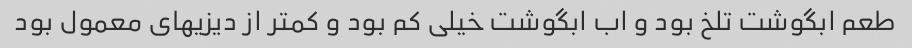
طعم ابگوشت تلخ بود و اب ابگوشت خیلی کم بود و کمتر از دیزیهای معمول بود